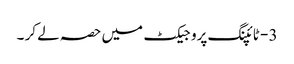
3 - ٹائپنگ پروجیکٹ میں حصہ لے کر ۔